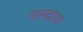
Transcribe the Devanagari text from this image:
नामदाफ